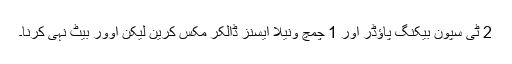
2 ٹی سپون بیکنگ پاؤڈر اور 1 چمچ ونیلا ایسنز ڈالکر مکس کرین لیکن اوور بیٹ نہی کرنا۔